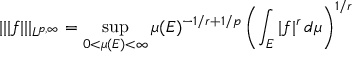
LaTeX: | | | f | | | _ { L ^ { p , \infty } } = \operatorname* { s u p } _ { 0 < \mu ( E ) < \infty } \mu ( E ) ^ { - 1 / r + 1 / p } \left( \int _ { E } | f | ^ { r } \, d \mu \right) ^ { 1 / r }